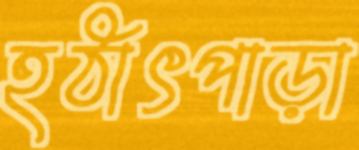
হঠাৎপাড়া